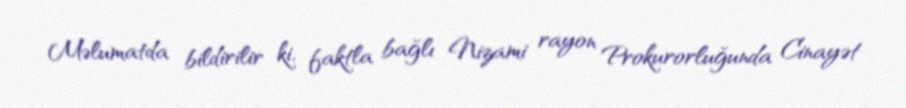
Məlumatda bildirilir ki, faktla bağlı Nizami rayon Prokurorluğunda Cinayət